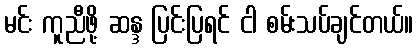
မင်း ကူညီဖို့ ဆန္ဒ ပြင်းပြရင် ငါ စမ်းသပ်ချင်တယ်။